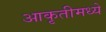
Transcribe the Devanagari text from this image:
आकृतीमध्ये